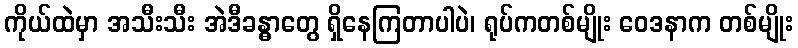
ကိုယ်ထဲမှာ အသီးသီး အဲဒီခန္ဓာတွေ ရှိနေကြတာပါပဲ၊ ရုပ်ကတစ်မျိုး ဝေဒနာက တစ်မျိုး